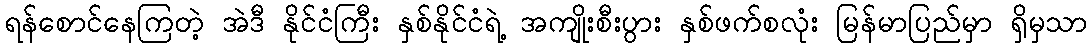
ရန်စောင်နေကြတဲ့ အဲဒီ နိုင်ငံကြီး နှစ်နိုင်ငံရဲ့ အကျိုးစီးပွား နှစ်ဖက်စလုံး မြန်မာပြည်မှာ ရှိမှသာ